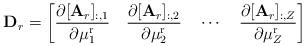
LaTeX: \begin{align*}\mathbf{D}_r=\left[\frac{\partial[\mathbf{A}_r]_{:,1}}{\partial\mu^{\mathrm{r}}_1}\quad\frac{\partial[\mathbf{A}_r]_{:,2}}{\partial\mu^{\mathrm{r}}_2}\quad\cdots\quad\frac{\partial[\mathbf{A}_r]_{:,Z}}{\partial\mu^{\mathrm{r}}_Z}\right]\end{align*}